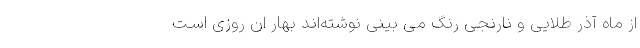
از ماه آذر طلایی و نارنجی رنگ‌ می بینی نوشته‌اند بهار ان روزی اسـت